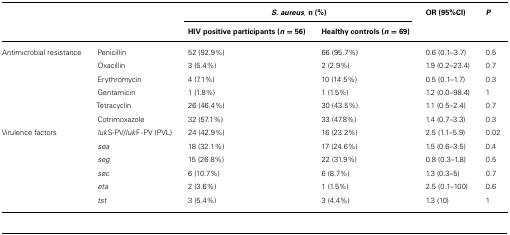
<table><thead><tr><td></td><td></td><td colspan="2"><b><i>S. aureus,</i> n (%)</b></td><td><b>OR (95%CI)</b></td><td><b><i>P</i></b></td></tr><tr><td></td><td></td><td><b>HIV positive participants (<i>n</i> = 56)</b></td><td><b>Healthy controls (<i>n</i> = 69)</b></td><td></td><td></td></tr></thead><tbody><tr><td>Antimicrobial resistance</td><td>Penicillin</td><td>52 (92.9%)</td><td>66 (95.7%)</td><td>0.6 (0.1–3.7)</td><td>0.5</td></tr><tr><td></td><td>Oxacillin</td><td>3 (5.4%)</td><td>2 (2.9%)</td><td>1.9 (0.2–23.4)</td><td>0.7</td></tr><tr><td></td><td>Erythromycin</td><td>4 (7.1%)</td><td>10 (14.5%)</td><td>0.5 (0.1–1.7)</td><td>0.3</td></tr><tr><td></td><td>Gentamicin</td><td>1 (1.8%)</td><td>1 (1.5%)</td><td>1.2 (0.0–98.4)</td><td>1</td></tr><tr><td></td><td>Tetracyclin</td><td>26 (46.4%)</td><td>30 (43.5%)</td><td>1.1 (0.5–2.4)</td><td>0.7</td></tr><tr><td></td><td>Cotrimoxazole</td><td>32 (57.1%)</td><td>33 (47.8%)</td><td>1.4 (0.7–3.3)</td><td>0.3</td></tr><tr><td>Virulence factors</td><td><i>luk</i>S-PV/<i>luk</i>F -PV (PVL)</td><td>24 (42.9%)</td><td>16 (23.2%)</td><td>2.5 (1.1–5.9)</td><td>0.02</td></tr><tr><td></td><td><i>sea</i></td><td>18 (32.1%)</td><td>17 (24.6%)</td><td>1.5 (0.6–3.5)</td><td>0.4</td></tr><tr><td></td><td><i>seg</i></td><td>15 (26.8%)</td><td>22 (31.9%)</td><td>0.8 (0.3–1.8)</td><td>0.5</td></tr><tr><td></td><td><i>sec</i></td><td>6 (10.7%)</td><td>6 (8.7%)</td><td>1.3 (0.3–5)</td><td>0.7</td></tr><tr><td></td><td><i>eta</i></td><td>2 (3.6%)</td><td>1 (1.5%)</td><td>2.5 (0.1–100)</td><td>0.6</td></tr><tr><td></td><td><i>tst</i></td><td>3 (5.4%)</td><td>3 (4.4%)</td><td>1.3 (10)</td><td>1</td></tr></tbody></table>